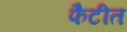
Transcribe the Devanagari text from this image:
फैटीत